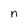
Character: n